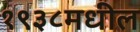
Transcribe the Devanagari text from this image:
१९३८मधील